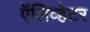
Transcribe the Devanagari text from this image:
ऍलिव्हेटर